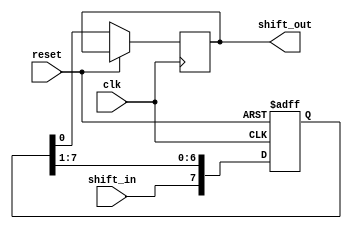
module shift_register(
    input wire clk,
    input wire reset,
    input wire shift_in,
    output reg shift_out
);

reg [7:0] register;

always @(posedge clk or posedge reset) begin
    if (reset)
        register <= 8'b0;
    else begin
        register <= {shift_in, register[7:1]};
        shift_out <= register[0];
    end
end

endmodule